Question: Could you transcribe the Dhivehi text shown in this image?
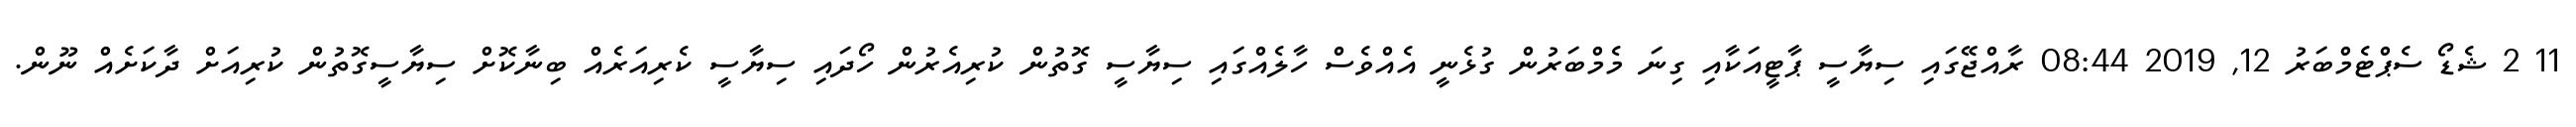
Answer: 11 2 ޝެޑޯ ސެޕްޓެމްބަރު 12, 2019 08:44 ރާއްޖޭގައި ސިޔާސީ ޕާޓީއަކާއި ގިނަ މެމްބަރުން ގުޅެނީ އެއްވެސް ހާލެއްގައި ސިޔާސީ ގޮތުން ކުރިއެރުން ހޯދައި ސިޔާސީ ކެރިއަރެއް ބިނާކޮށް ސިޔާސީގޮތުން ކުރިއަށް ދާކަށެއް ނޫން.